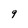
Character: 9